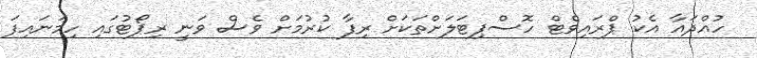
ހުއްދައާ އެކު ޕްރައިވެޓް ހޮސްޕިޓަލަށްތަކަށް ރިފާ ކުރުމަށް ވެސް ވަނީ ރިޕޯޓުގައި ހިމަނައިފަ